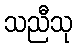
သညီသု